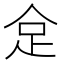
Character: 𠈮